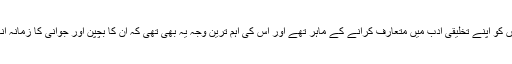
وہ درحقیقت ان گمنام کرداروں کو اپنے تخلیقی ادب میں متعارف کرانے کے ماہر تھے اور اس کی اہم ترین وجہ یہ بھی تھی کہ ان کا بچپن اور جوانی کا زمانہ انہی لوگوں کے ساتھ گزرا تھا۔